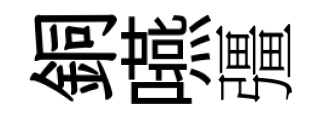
銅嚥彊